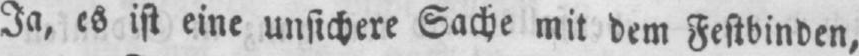
Ja, es ist eine unsichere Sache mit dem Festbinden,